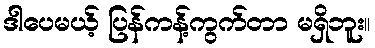
ဒါပေမယ့် ပြန်ကန့်ကွက်တာ မရှိဘူး။